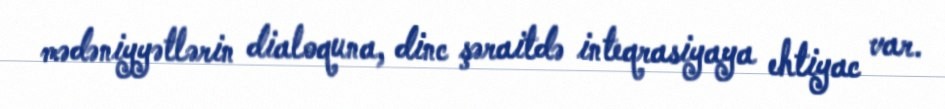
mədəniyyətlərin dialoquna, dinc şəraitdə inteqrasiyaya ehtiyac var.